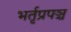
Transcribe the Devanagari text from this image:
भर्तृप्रपञ्च